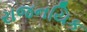
રાજનયિક